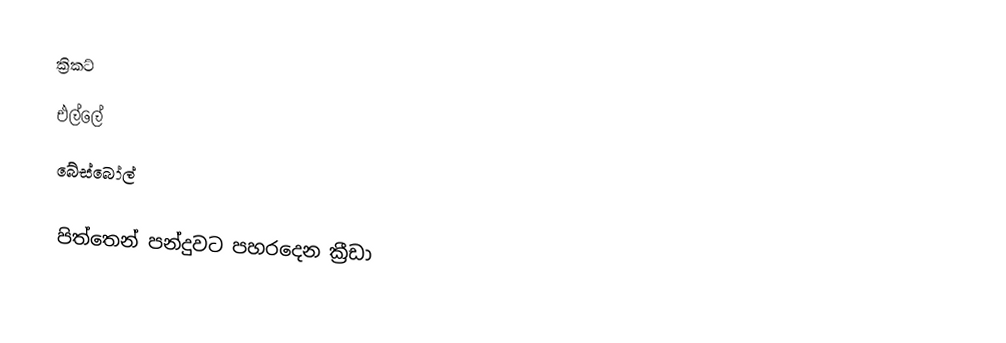
ක්‍රිකට්
 එල්ලේ
 බේස්බෝල්

පිත්තෙන් පන්දුවට පහරදෙන ක්‍රීඩා